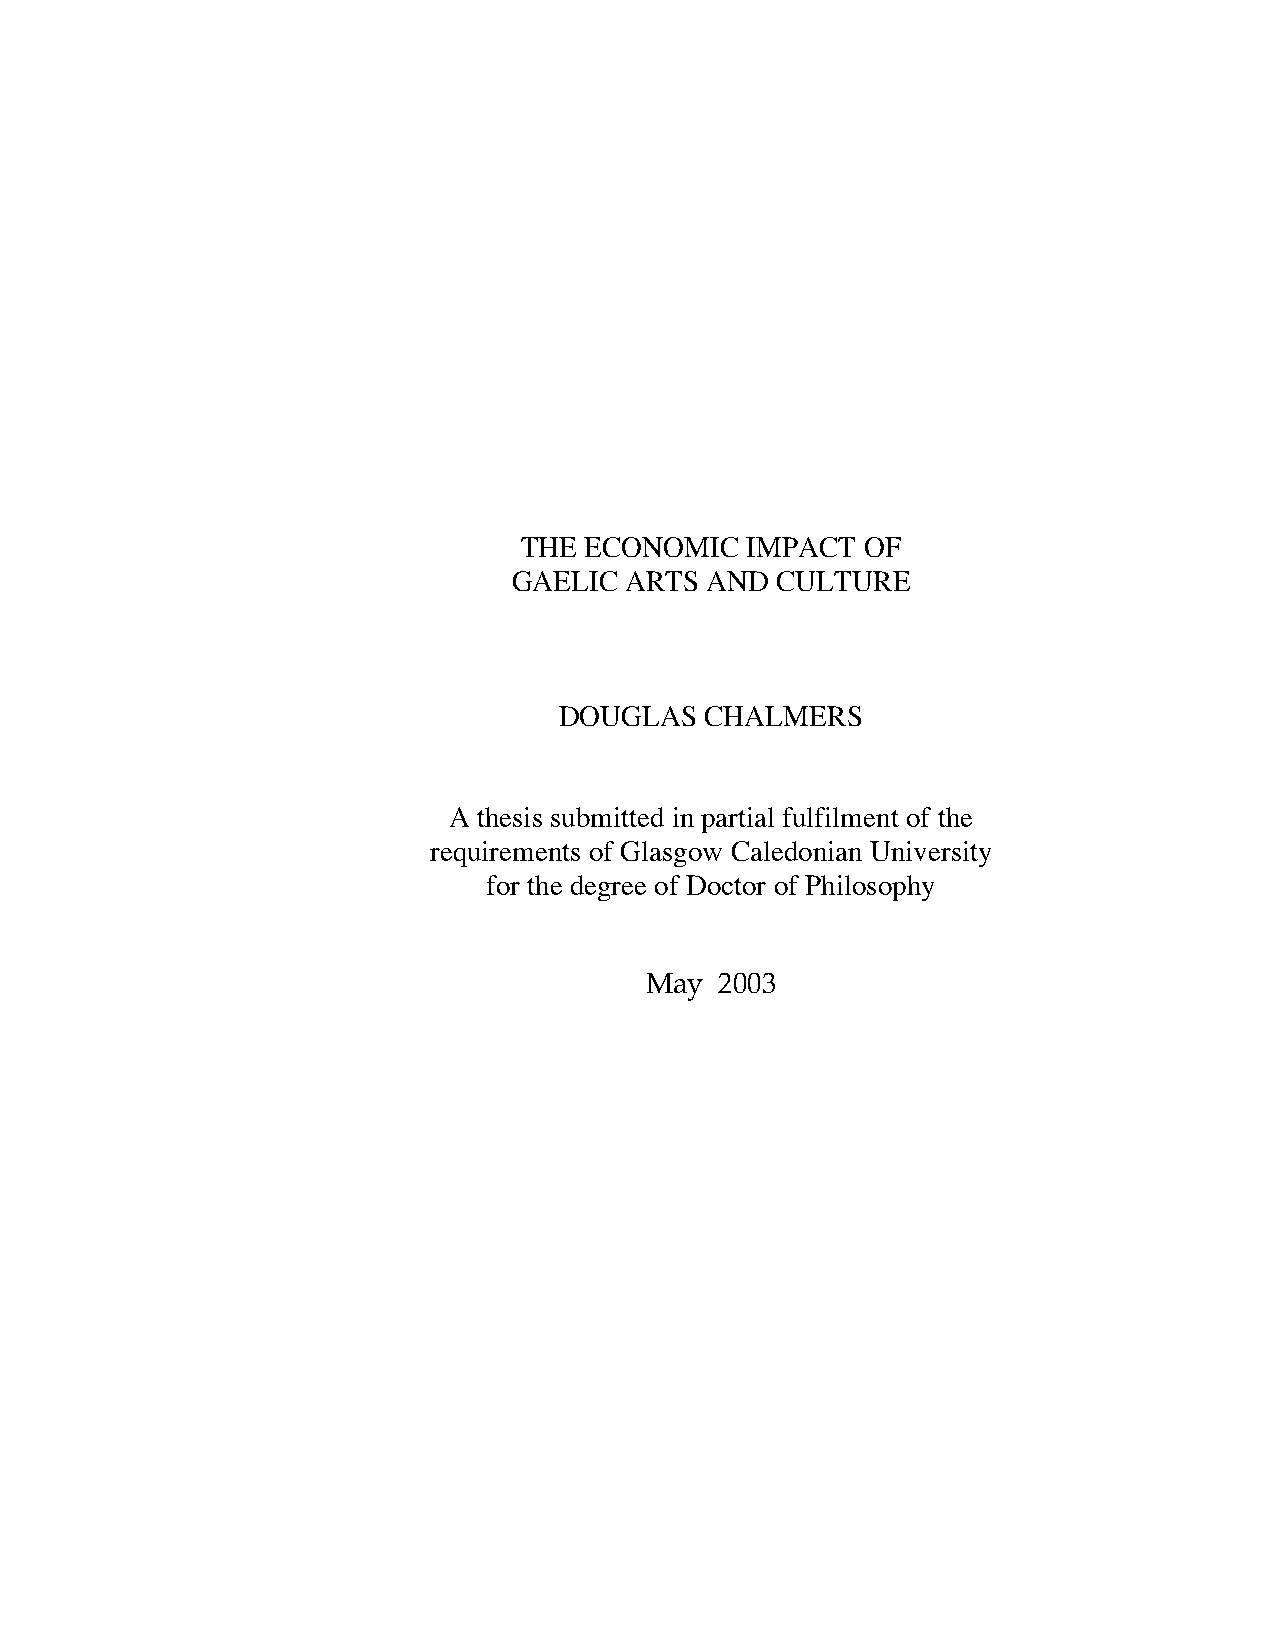
THE  ECONOMIC  IMPACT  OF
 GAELIC ARTS  AND CULTURE
 DOUGLAS   CHALMERS
 A thesis submitted in partial fulfilment of the
 requirements of Glasgow Caledonian University
 for the degree of Doctor of Philosophy
 May  2003